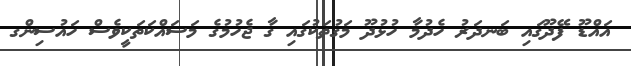
އައްޑޫ ފޭދޫގައި ބަނދަރު ހެދުމާ ހުޅުދޫ މަގުތަކުގައި ގާ ޖެހުމުގެ މަސައްކަތަކީވެސް ހައުސިންގ